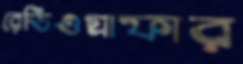
রেডিওগ্রাফার